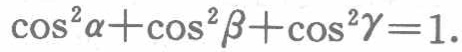
\(\cos^{2}\alpha+\cos^{2}\beta+\cos^{2}\gamma = 1\)